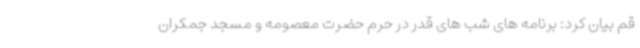
قم بیان کرد: برنامه های شب های قدر در حرم حضرت معصومه و مسجد جمکران